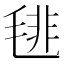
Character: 毴